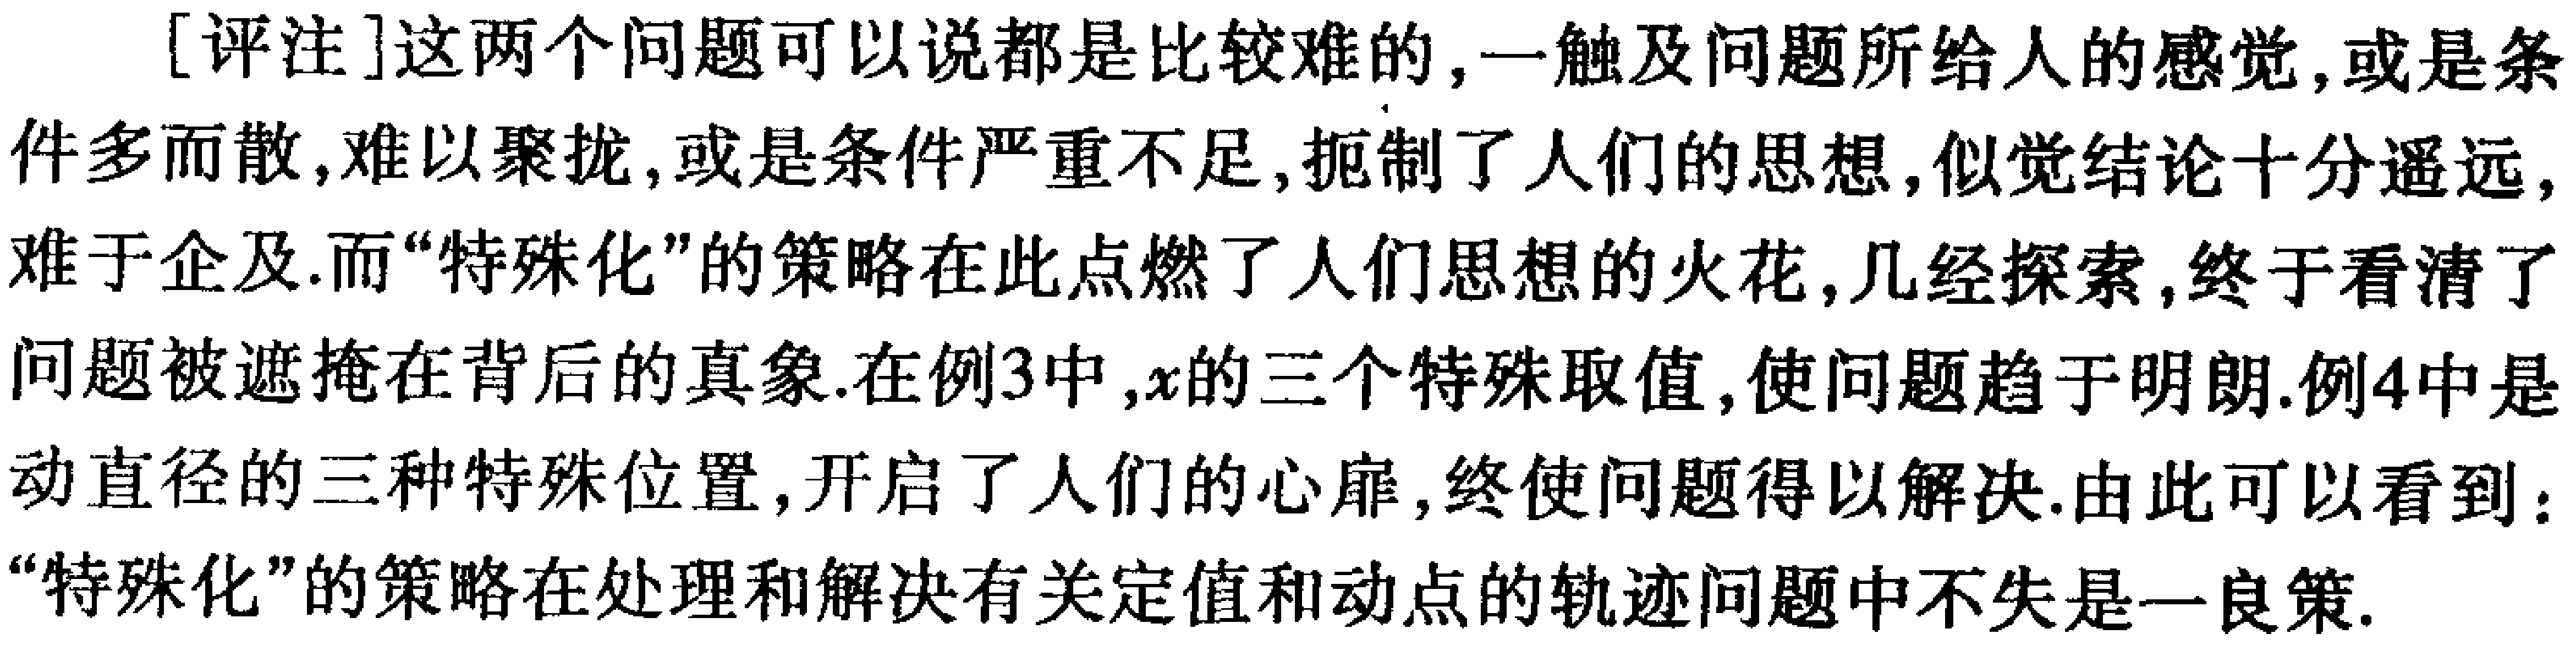
[评注]这两个问题可以说都是比较难的,一触及问题所给人的感觉,或是条件多而散,难以聚拢,或是条件严重不足,扼制了人们的思想,似觉结论十分遥远,难于企及.而“特殊化”的策略在此点燃了人们思想的火花,几经探索,终于看清了问题被遮掩在背后的真象.在例3中,\(x\)的三个特殊取值,使问题趋于明朗.例4中是动直径的三种特殊位置,开启了人们的心扉,终使问题得以解决.由此可以看到：“特殊化”的策略在处理和解决有关定值和动点的轨迹问题中不失是一良策.